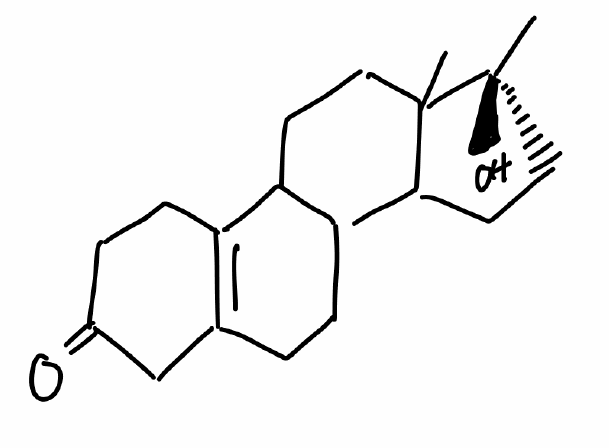
Simplified molecular-input line-entry system (SMILES) notation of the given molecule:
C[C@@]1(CCC2C1(CCC3C2CCC4=C3CCC(=O)C4)C)O